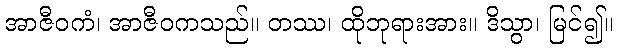
အာဇီဝကံ၊ အာဇီဝကသည်။ တဿ၊ ထိုဘုရားအား။ ဒိသွာ၊ မြင်၍။